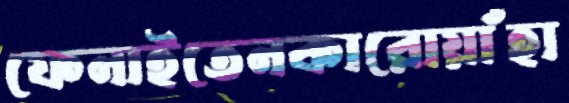
ফেনাইতেনকারোয়াঁহা